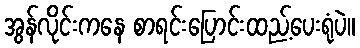
အွန်လိုင်းကနေ စာရင်းပြောင်းထည့်ပေးရုံပဲ။